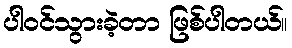
ပါဝင်သွားခဲ့တာ ဖြစ်ပါတယ်။